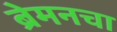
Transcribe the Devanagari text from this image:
ब्रेमनचा